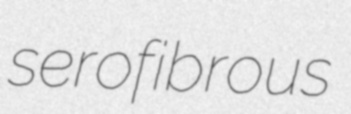
serofibrous